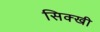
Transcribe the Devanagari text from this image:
सिक्खी